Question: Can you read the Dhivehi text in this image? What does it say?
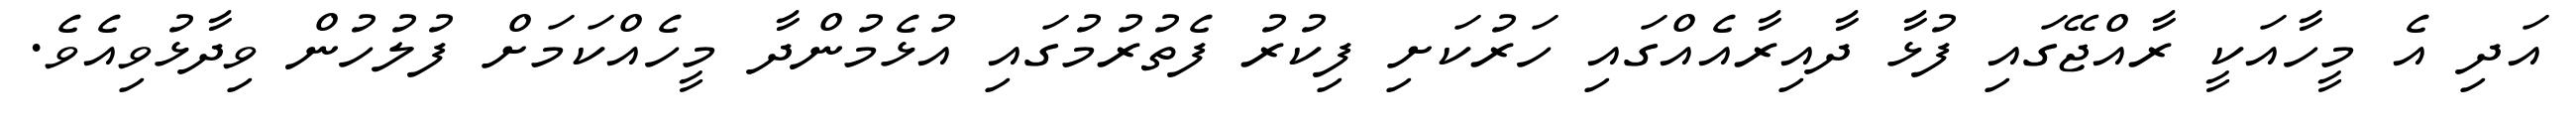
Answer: އަދި އެ މީހާއަކީ ރާއްޖޭގައި ފުޅާ ދާއިރާއެއްގައި ހަރުކަށި ފިކުރު ފެތުރުމުގައި އުޅެމުންދާ މީހެއްކަމަށް ފުލުހުން ވިދާޅުވިއެވެ.